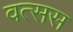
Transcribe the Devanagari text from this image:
वत्सस